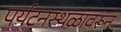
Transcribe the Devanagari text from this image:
पर्यटनस्थळावरून